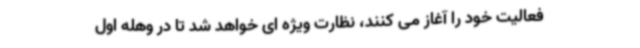
فعالیت خود را آغاز می کنند، نظارت ویژه ای خواهد شد تا در وهله اول